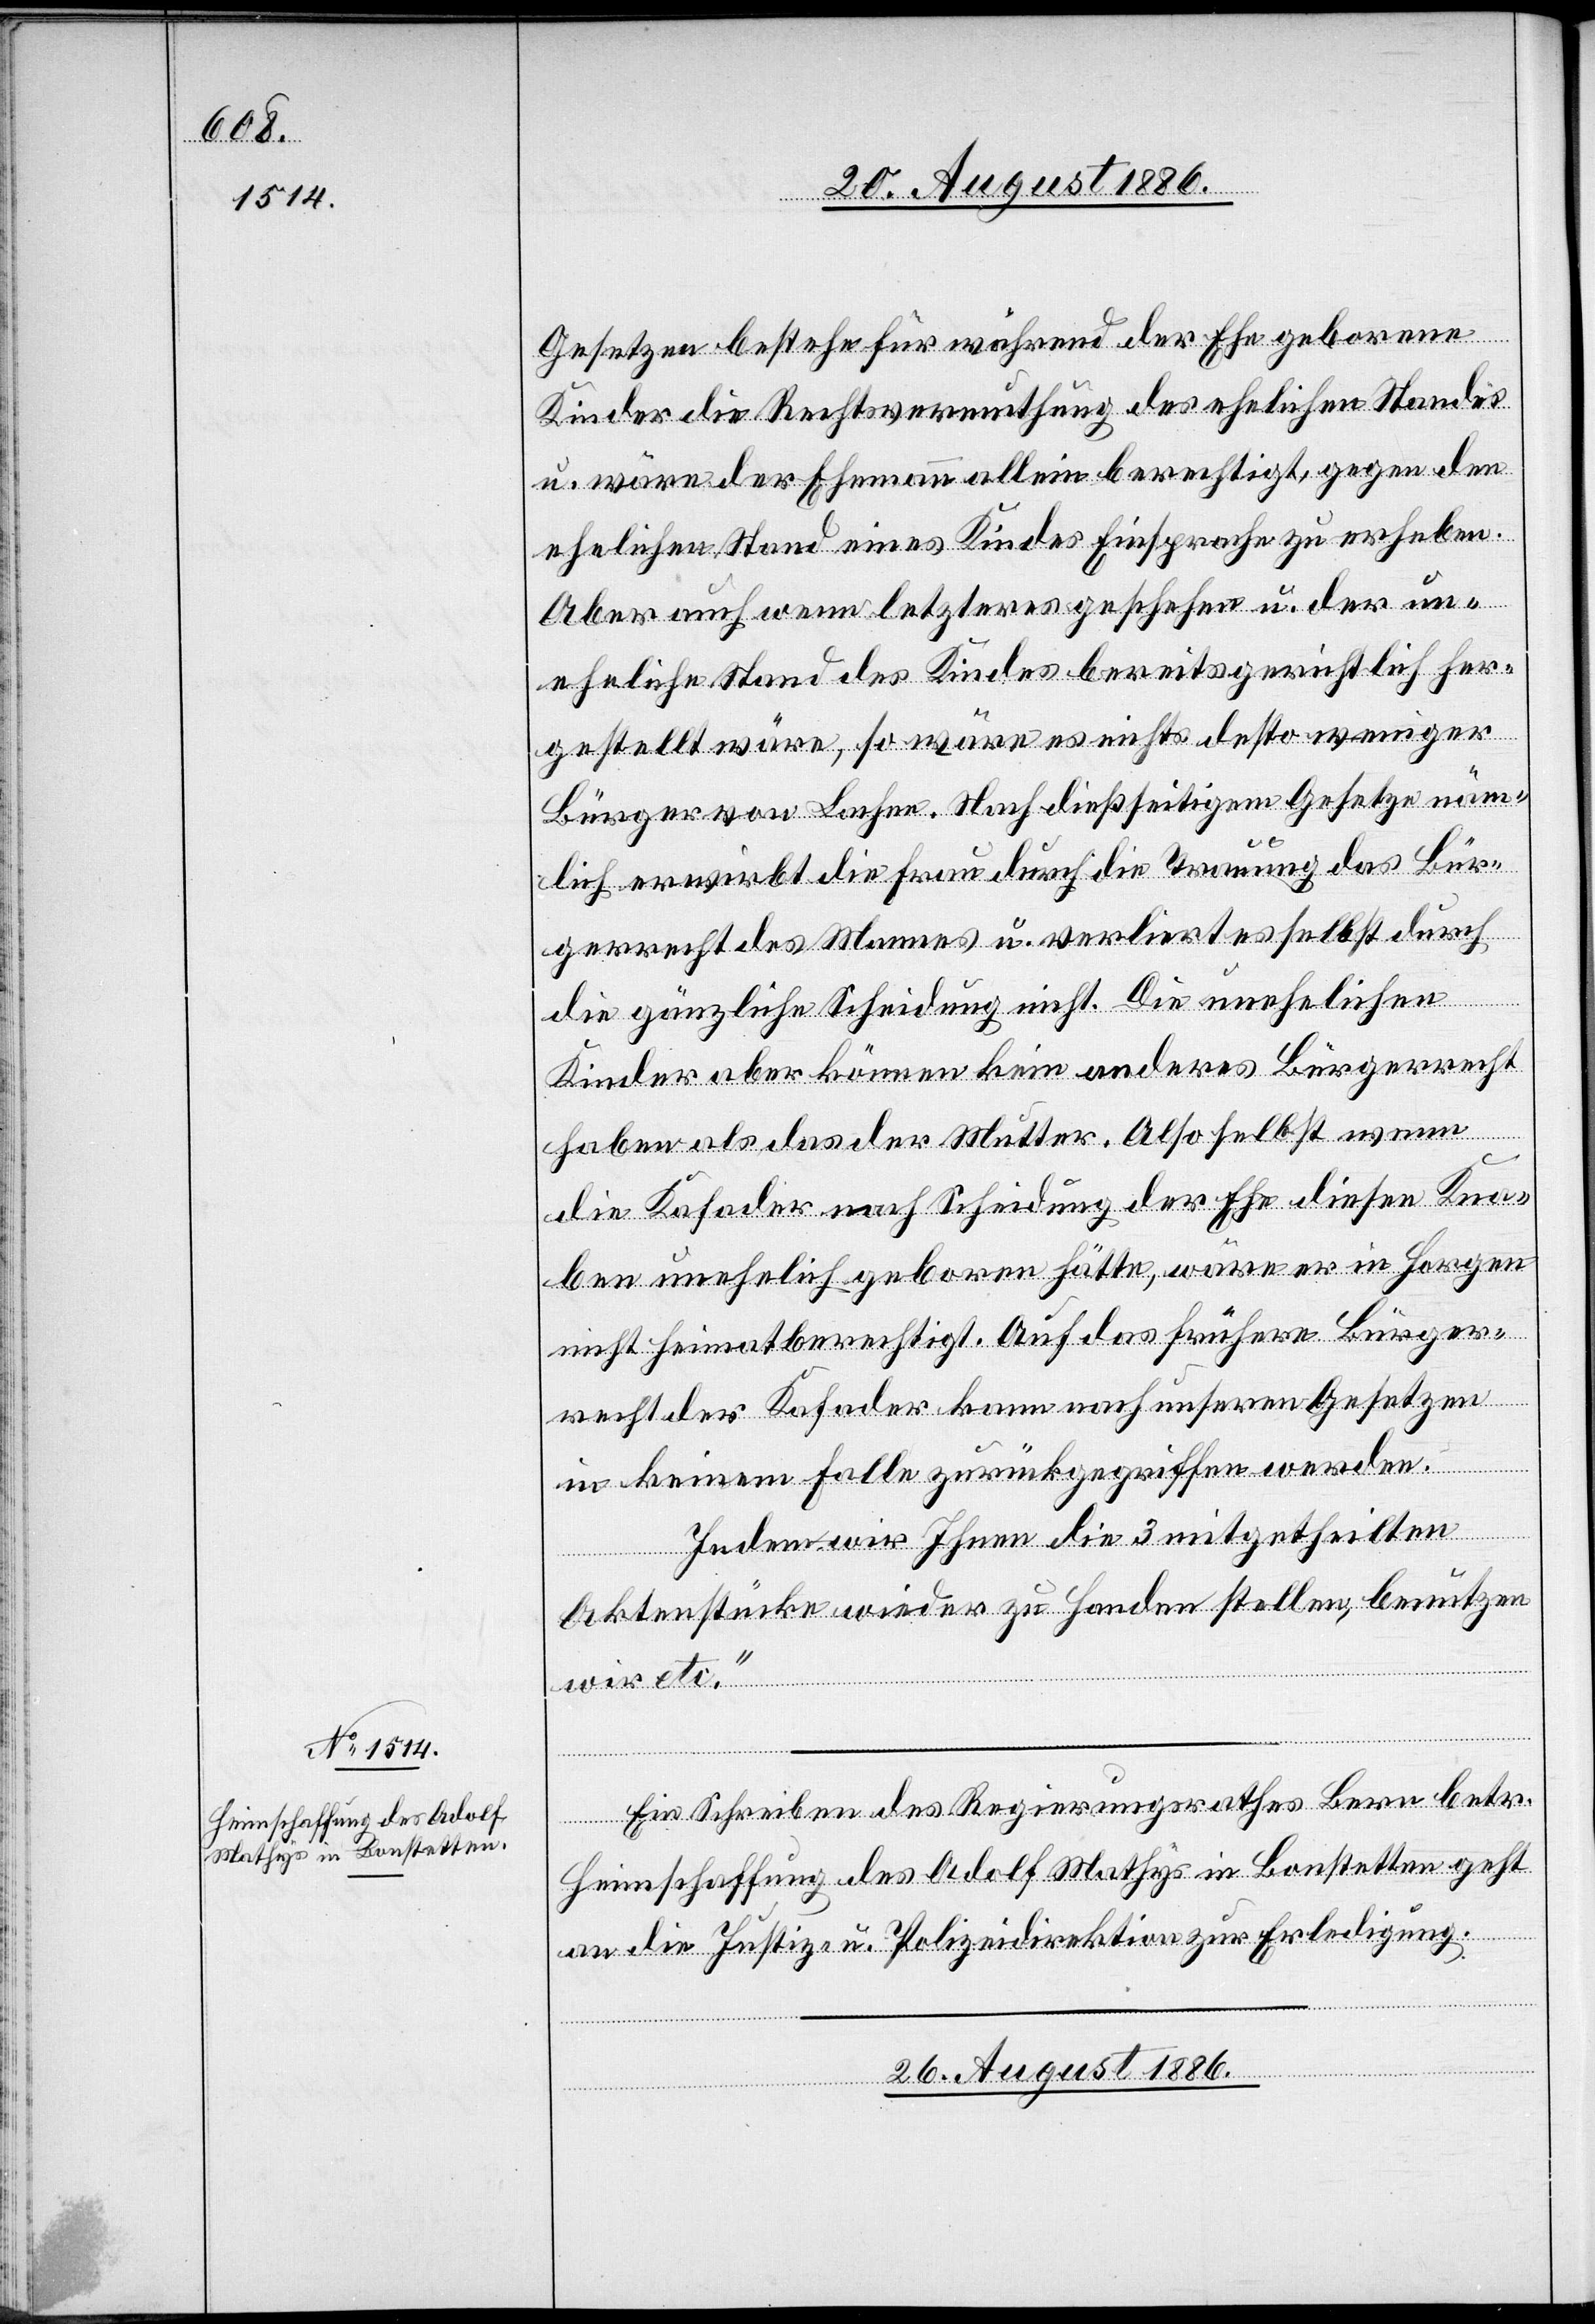
Gesetzen bestehe für während der Ehe geborene
Kinder die Rechtsvermuthung des ehelichen Standes
u. wäre der Ehemann allein berechtigt, gegen den
ehelichen Stand eines Kindes Einsprache zu erheben.
Aber auch wenn letzteres geschehen u. der un¬
eheliche Stand des Kindes bereits gerichtlich her¬
gestellt wäre, so wäre es nichts desto weniger
Bürger von Lachen. Nach dießseitigem Gesetze näm¬
lich erwirbt die Frau durch die Trauung das Bür¬
gerrecht des Mannes u. verliert es selbst durch
die gänzliche Scheidung nicht. Die unehelichen
Kinder aber können kein anderes Bürgerrecht
haben als das der Mutter. Also selbst wenn
die Kafader nach Scheidung der Ehe diesen Kna¬
ben unehelich geboren hätte, wäre er in Horgen
nicht heimatberechtigt. Auf das frühere Bürger¬
recht der Kafader kann nach unseren Gesetzen
in keinem Falle zurückgegriffen werden.
Indem wir Ihnen die 3 mitgetheilten
Aktenstücke wieder zu Handen stellen, benutzen
wir etc.“
Ein Schreiben des Regierungsrathes Bern betr.
Heimschaffung des Adolf Mathys in Bonstetten geht
an die Justiz- & Polizeidirektion zur Erledigung.
26. August 1886.